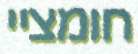
חומציי